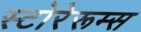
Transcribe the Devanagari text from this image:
स्टोरेरूम्स